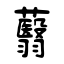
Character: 蘙